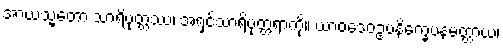
အာယသ္မတော သာရိပုတ္တဿ၊ အရှင်သာရိပုတ္တရာကို။ ယာဝဒေဝဥပနိက္ခေပနမတ္တာယ၊